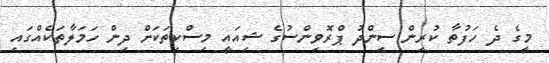
މީގެ ދެ ހަފުތާ ކުރިން ސިންދު ޕްރޮވިންސުގެ ޝިއައީ މިސްކިތަކަށް ދިން ހަމަލާތަކެއްގައި